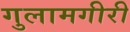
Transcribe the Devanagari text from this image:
गुलामगीरी